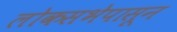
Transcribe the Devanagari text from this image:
लोकसभेपासून